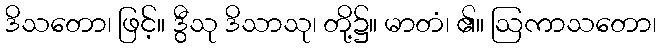
ဒိသတော၊ ဖြင့်။ ဒွီသု ဒိသာသု၊ တို့၌။ မာတံ၊ ၏။ ဩကာသတော၊